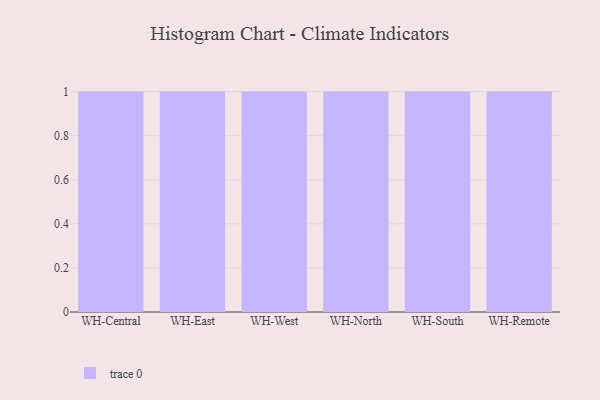
{"axis": {"x": "Warehouse", "y": "Customer Acquisition Cost (USD)"}, "legend": [""], "data": [{"x": "WH-Central", "y": 43, "type": ""}, {"x": "WH-East", "y": 56, "type": ""}, {"x": "WH-West", "y": 18, "type": ""}, {"x": "WH-North", "y": 6, "type": ""}, {"x": "WH-South", "y": 19, "type": ""}, {"x": "WH-Remote", "y": 1, "type": ""}]}